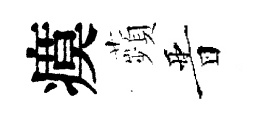
瘼蘋晋